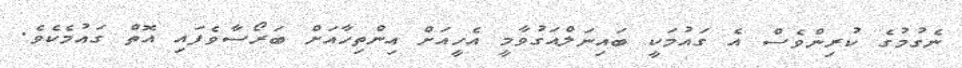
ނެގުމުގެ ކުރިންވެސް އެ ގައުމަކީ ބައިނަލްއަގުވާމީ އެހީއަށް އިންތިހާއަށް ބަރޯސާވެފައި އޮތް ގައުމެކެވެ.